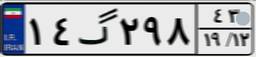
۵۰گ۵۲۰۵۹